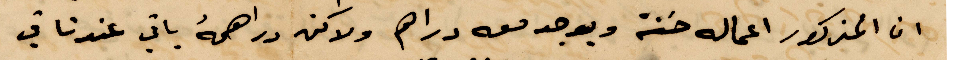
ان المذكور اعماله حسنة ويوجد معه دراهم لاكن دراهمه باقي عندنا في